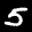
Label: 5